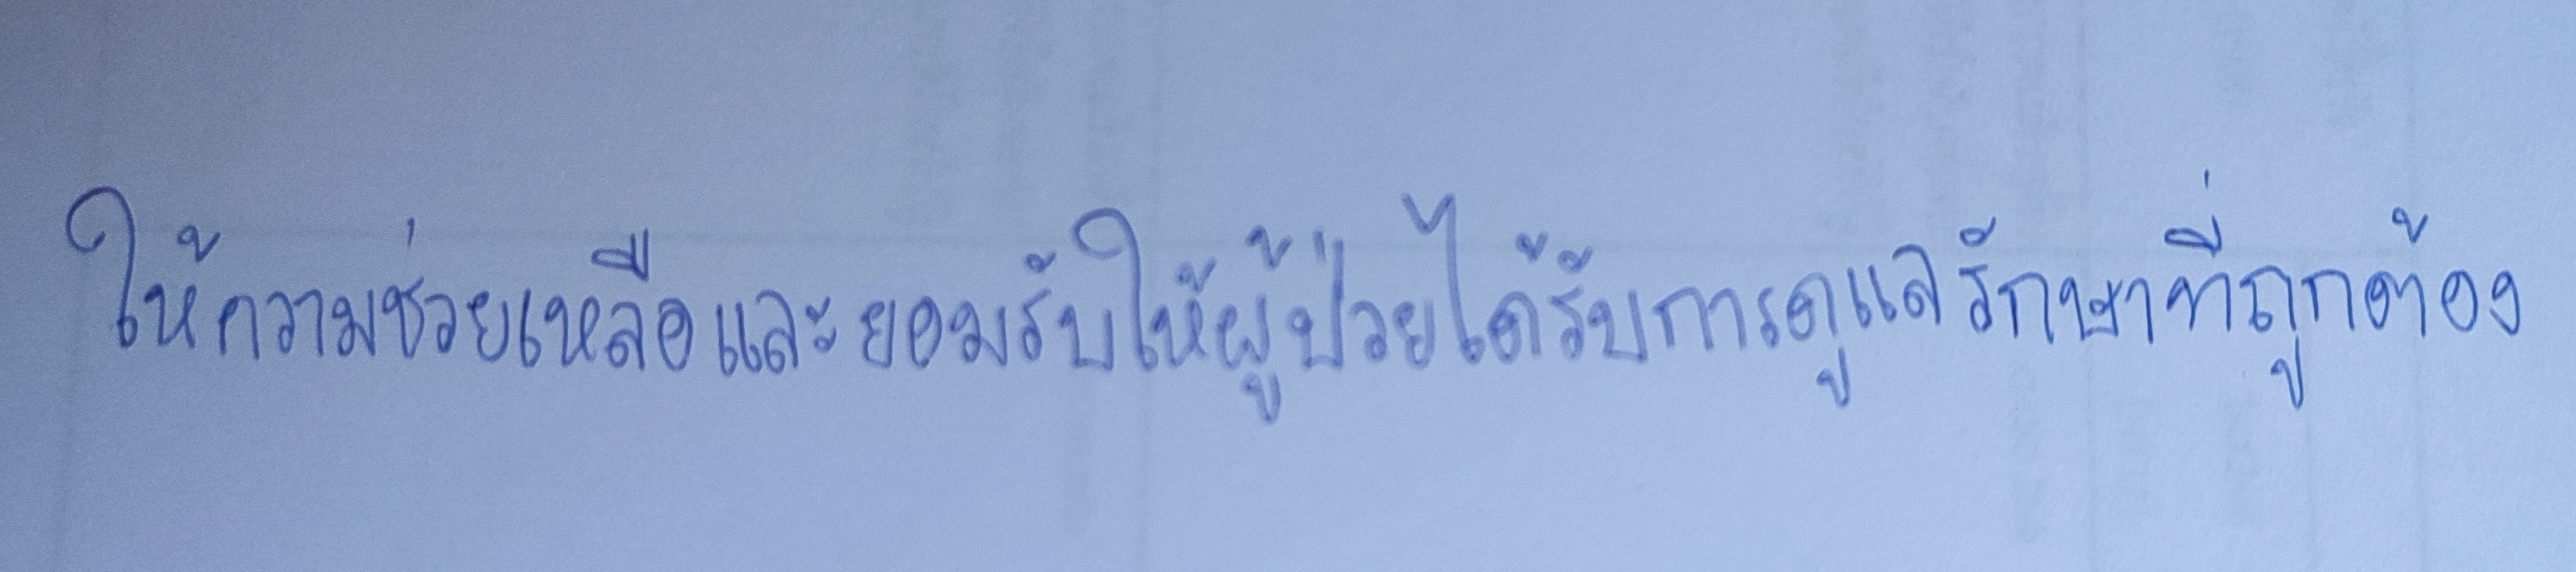
ให้ความช่วยเหลือและยอมรับให้ผู้ป่วยได้รับการดูแลรักษาที่ถูกต้อง